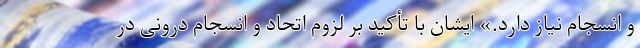
و انسجام نیاز دارد.» ایشان با تأکید بر لزوم اتحاد و انسجام درونی در